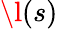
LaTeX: \l(s)